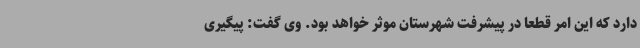
دارد که این امر قطعا در پیشرفت شهرستان موثر خواهد بود.‌ وی گفت: پیگیری